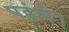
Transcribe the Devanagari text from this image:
पहंचे।